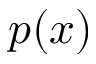
p ( x )